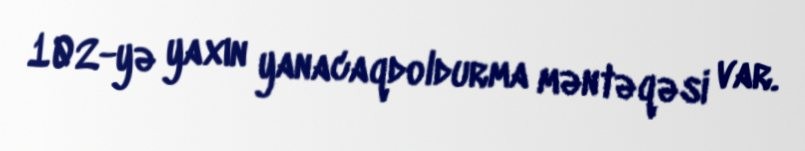
102-yə yaxın yanacaqdoldurma məntəqəsi var.